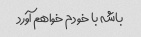
باشه با خودم خواهم آورد